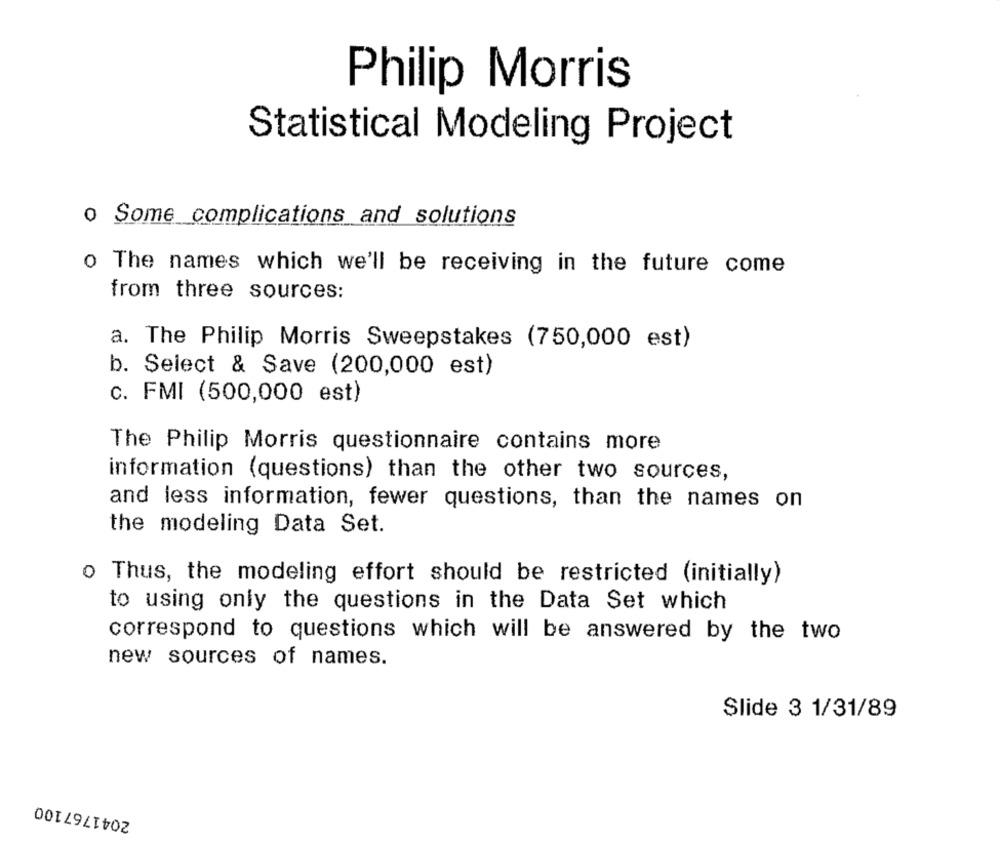
Philip Morris
Statistical Modeling Project
Some complications and solutions
o The names which we'll be receiving in the future come
from three sources:
a. The Philip Morris Sweepstakes (750,000 est)
b. Select & Save (200,000 est)
c. FMI (500,000 est)
The Philip Morris questionnaire contains more
information (questions) than the other two sources,
and less information, fewer questions, than the names on
the modeling Data Set.
o Thus, the modeling effort should be restricted (initially)
to using only the questions in the Data Set which
correspond to questions which will be answered by the two
new sources of names.
Slide 3 1/31/89
2041767100